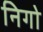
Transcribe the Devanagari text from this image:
निगो